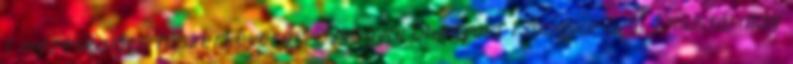
1 mézeskalács fűszerkeverék 2 mogyoróhagyma 1 mogyoróvaj 1 mustármag